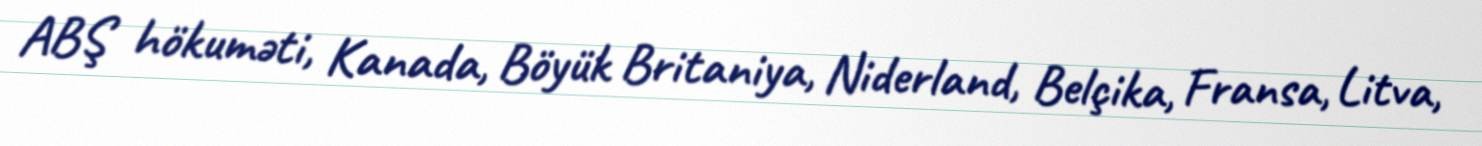
ABŞ hökuməti, Kanada, Böyük Britaniya, Niderland, Belçika, Fransa, Litva,